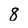
Character: 8